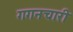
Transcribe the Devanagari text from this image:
गगनचारी